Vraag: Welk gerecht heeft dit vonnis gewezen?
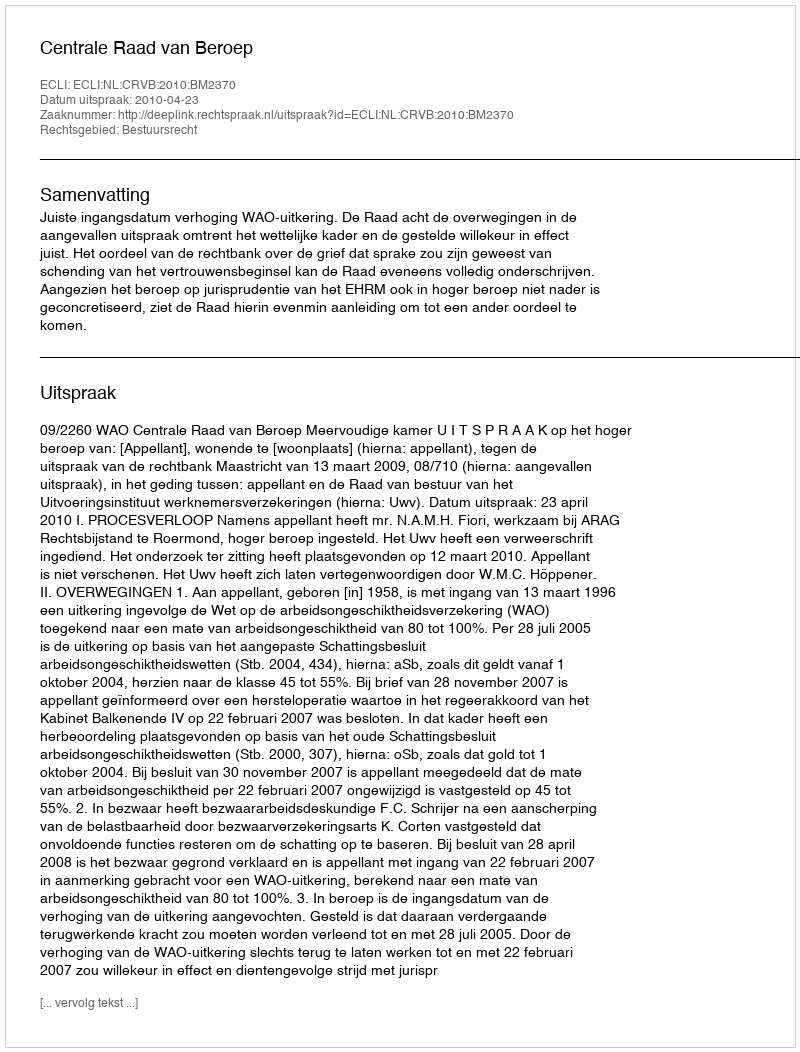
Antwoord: Centrale Raad van Beroep